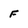
Character: F